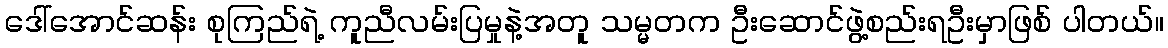
ဒေါ်အောင်ဆန်း စုကြည်ရဲ့ ကူညီလမ်းပြမှုနဲ့အတူ သမ္မတက ဦးဆောင်ဖွဲ့စည်းရဦးမှာဖြစ် ပါတယ်။